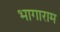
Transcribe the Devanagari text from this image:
भागाराम